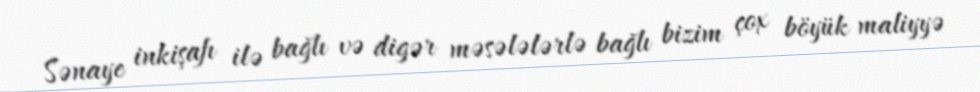
Sənaye inkişafı ilə bağlı və digər məsələlərlə bağlı bizim çox böyük maliyyə